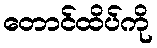
တောင်ထိပ်ကို